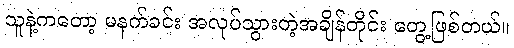
သူနဲ့ကတော့ မနက်ခင်း အလုပ်သွားတဲ့အချိန်တိုင်း တွေ့ဖြစ်တယ်။